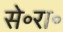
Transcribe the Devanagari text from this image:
से॰रा॰